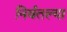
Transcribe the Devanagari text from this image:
निर्वतल्या